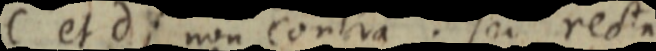
C et d; non contra. sed recta